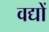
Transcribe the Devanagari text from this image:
वद्यों